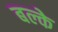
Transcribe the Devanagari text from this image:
बल्के